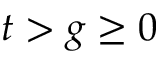
t > g \ge 0